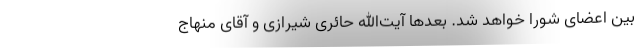
بین اعضای شورا خواهد شد. بعد‌ها آیت‌الله حائری شیرازی و آقای منهاج